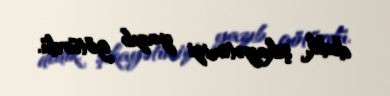
dedik, şikayətimizi yazıb götürdü.